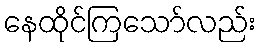
နေထိုင်ကြသော်လည်း